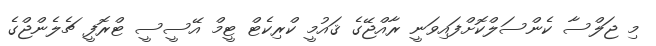
މި ޖަލްސާ ކެންސަލްކޮށްފައިވަނީ ރާއްޖޭގެ ޤައުމީ ކްރިކެޓް ޓީމް އޭސީސީ ޓްރޮފީ ޗެލެންޖްގެ